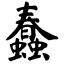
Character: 蠢